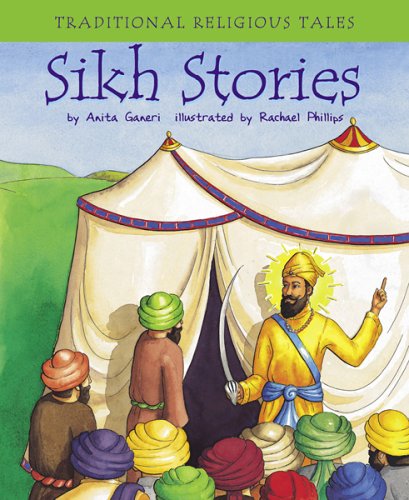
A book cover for Sikh Stories (Traditional Religious Tales); Anita Ganeri; Children's Books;